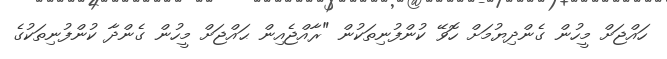
ހައްޖަށް މީހުން ގެންދިޔުމަށް ހޮވޭ ކުންފުނިތަކުން "ރާއްޖެއިން ޙައްޖަށް މީހުން ގެންދާ ކުންފުނިތަކުގެ